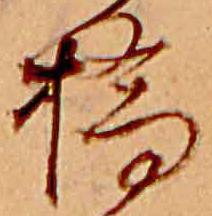
橋